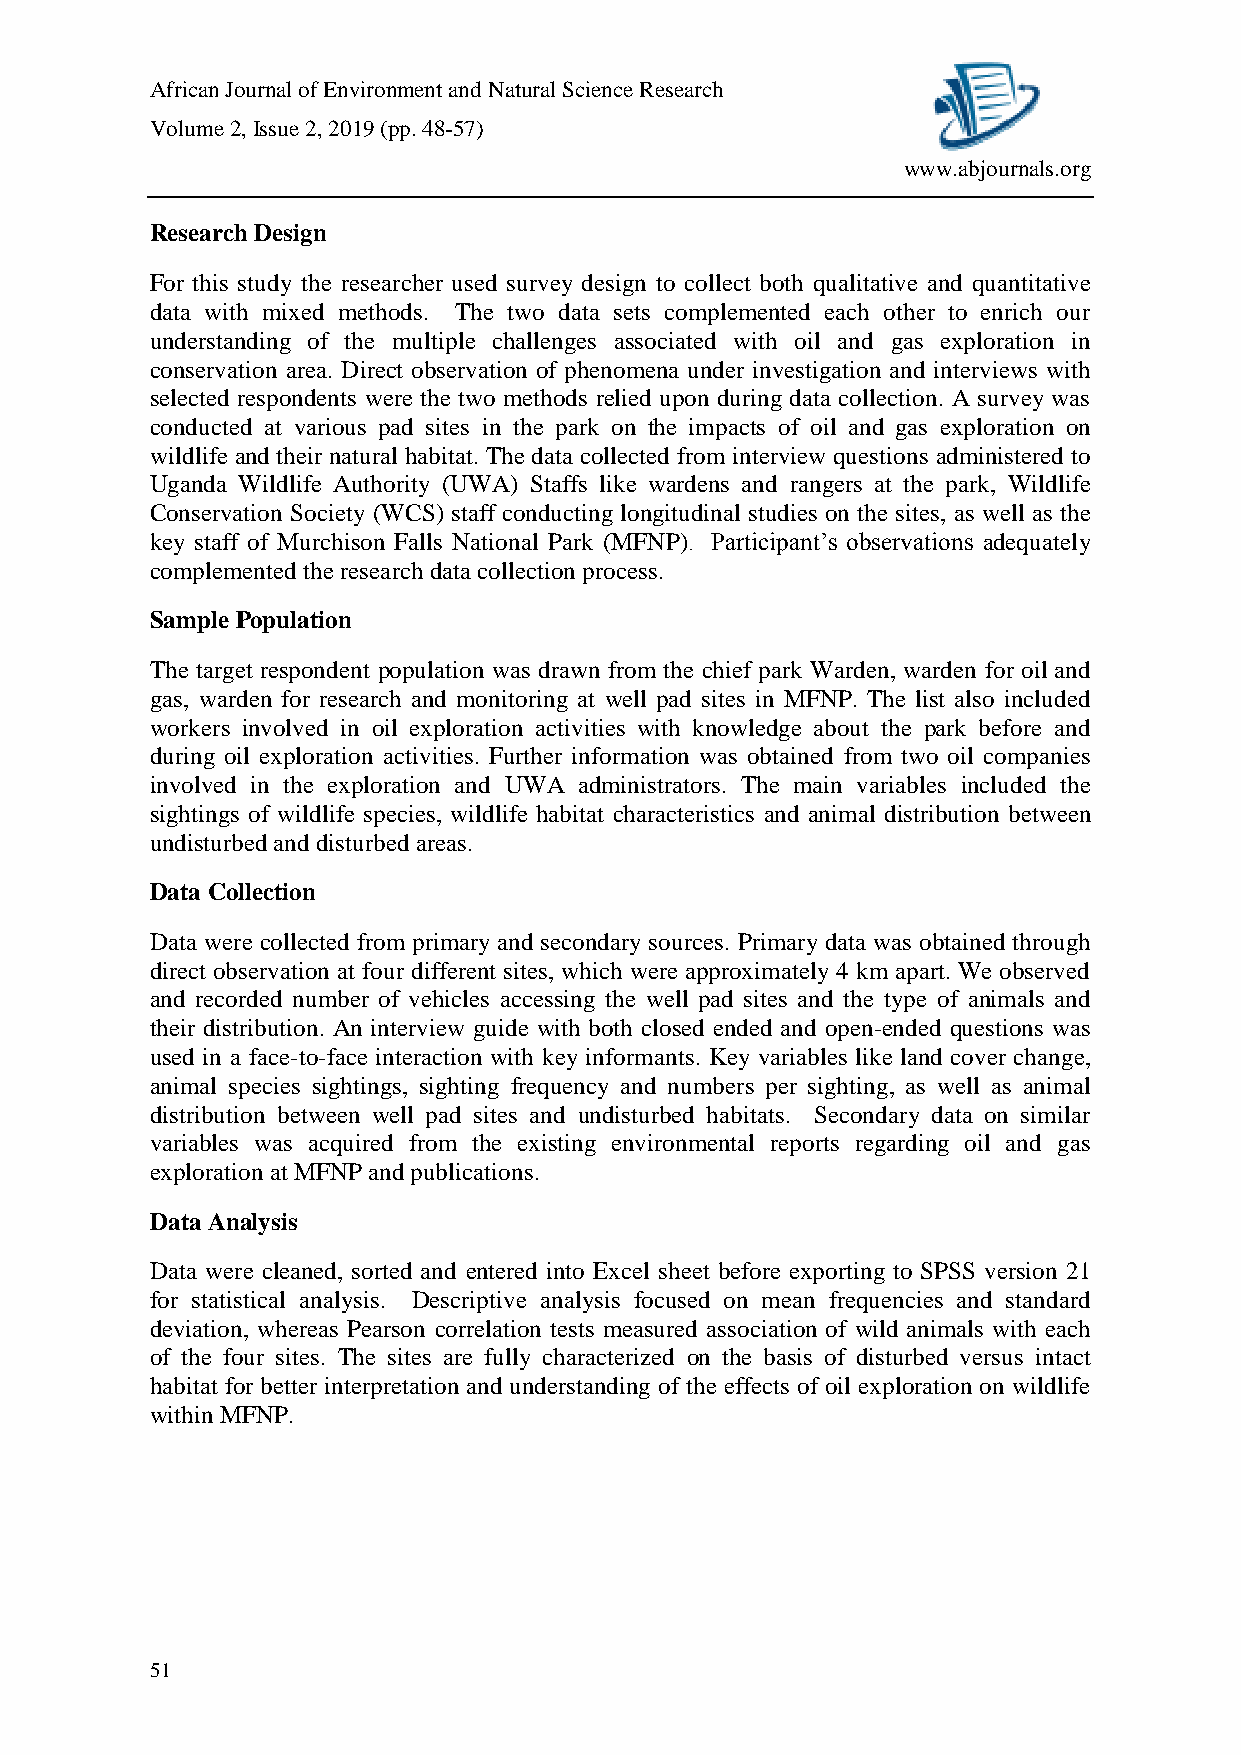
African Journal of Environment and Natural Science Research
 Volume 2, Issue 2, 2019 (pp. 48-57)
 www.abjournals.org
 Research Design
 For this study the researcher used survey design to collect both qualitative and quantitative
 data with mixed methods. The two data sets complemented each other to enrich our
 understanding of the multiple challenges associated with oil and gas exploration in
 conservation area. Direct observation of phenomena under investigation and interviews with
 selected respondents were the two methods relied upon during data collection. A survey was
 conducted at various pad sites in the park on the impacts of oil and gas exploration on
 wildlife and their natural habitat. The data collected from interview questions administered to
 Uganda Wildlife Authority (UWA) Staffs like wardens and rangers at the park, Wildlife
 Conservation Society (WCS) staff conducting longitudinal studies on the sites, as well as the
 key staff of Murchison Falls National Park (MFNP). Participant’s observations adequately
 complemented the research data collection process.
 Sample Population
 The target respondent population was drawn from the chief park Warden, warden for oil and
 gas, warden for research and monitoring at well pad sites in MFNP. The list also included
 workers involved in oil exploration activities with knowledge about the park before and
 during oil exploration activities. Further information was obtained from two oil companies
 involved in the exploration and UWA administrators. The main variables included the
 sightings of wildlife species, wildlife habitat characteristics and animal distribution between
 undisturbed and disturbed areas.
 Data Collection
 Data were collected from primary and secondary sources. Primary data was obtained through
 direct observation at four different sites, which were approximately 4 km apart. We observed
 and recorded number of vehicles accessing the well pad sites and the type of animals and
 their distribution. An interview guide with both closed ended and open-ended questions was
 used in a face-to-face interaction with key informants. Key variables like land cover change,
 animal species sightings, sighting frequency and numbers per sighting, as well as animal
 distribution between well pad sites and undisturbed habitats. Secondary data on similar
 variables was acquired from the existing environmental reports regarding oil and gas
 exploration at MFNP and publications.
 Data Analysis
 Data were cleaned, sorted and entered into Excel sheet before exporting to SPSS version 21
 for statistical analysis. Descriptive analysis focused on mean frequencies and standard
 deviation, whereas Pearson correlation tests measured association of wild animals with each
 of the four sites. The sites are fully characterized on the basis of disturbed versus intact
 habitat for better interpretation and understanding of the effects of oil exploration on wildlife
 within MFNP.
 51